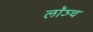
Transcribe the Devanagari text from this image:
लॉञ्च